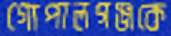
গোপালগঞ্জকে